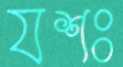
যশঃ